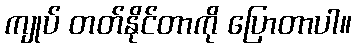
ကျုပ် တတ်နိုင်တာကို ပြောတာပါ။